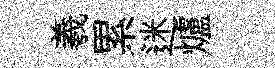
羲累迷爐